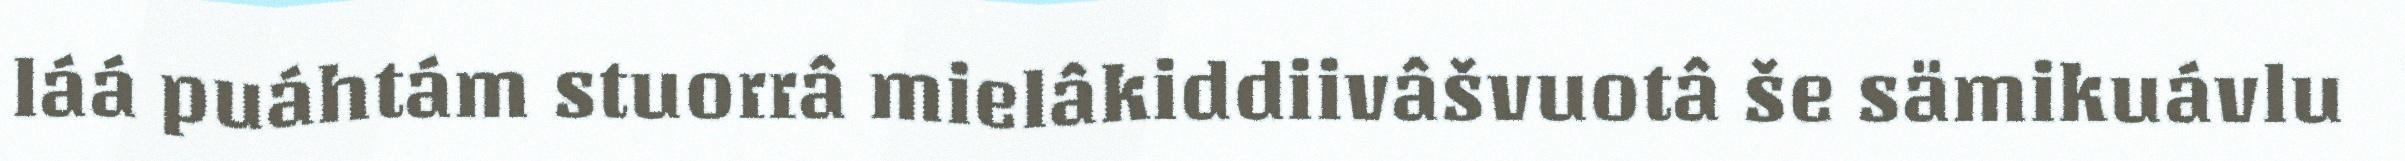
láá puáhtám stuorrâ mielâkiddiivâšvuotâ še sämikuávlu